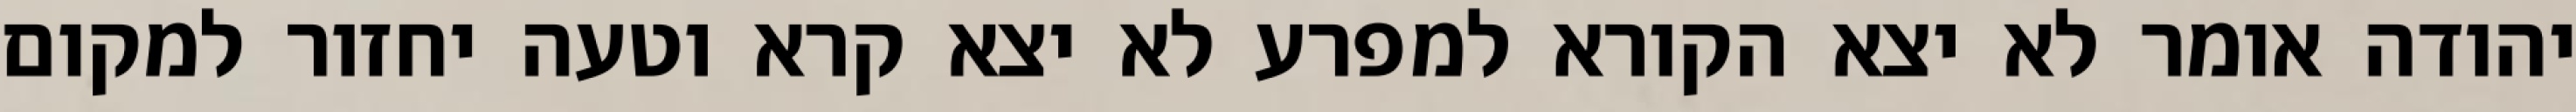
יהודה אומר לא יצא הקורא למפרע לא יצא קרא וטעה יחזור למקום